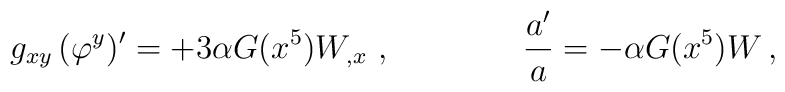
g_{xy}\,(\varphi^y)'  =  + 3 \alpha  G(x^5)  W_{,x} \ , \qquad \qquad{a'\over a} = - \alpha  G(x^5)  W \,,